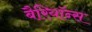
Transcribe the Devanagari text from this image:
बैरियॉन्स